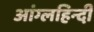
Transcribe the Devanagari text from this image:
आंग्लहिन्दी